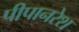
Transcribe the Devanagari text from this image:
पीपानरेश